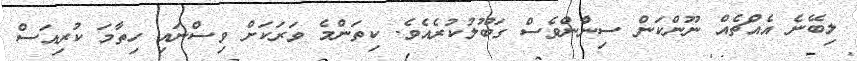
ލިބޭނެ އެއްޗެއް ނޫންކަން ސިނާްންވެސް ގަބޫލުކުރެއެވެ. ކިތަންމެ ވަރަކަށް ވިސްނައި ހިތާމަ ކުރިއަސް